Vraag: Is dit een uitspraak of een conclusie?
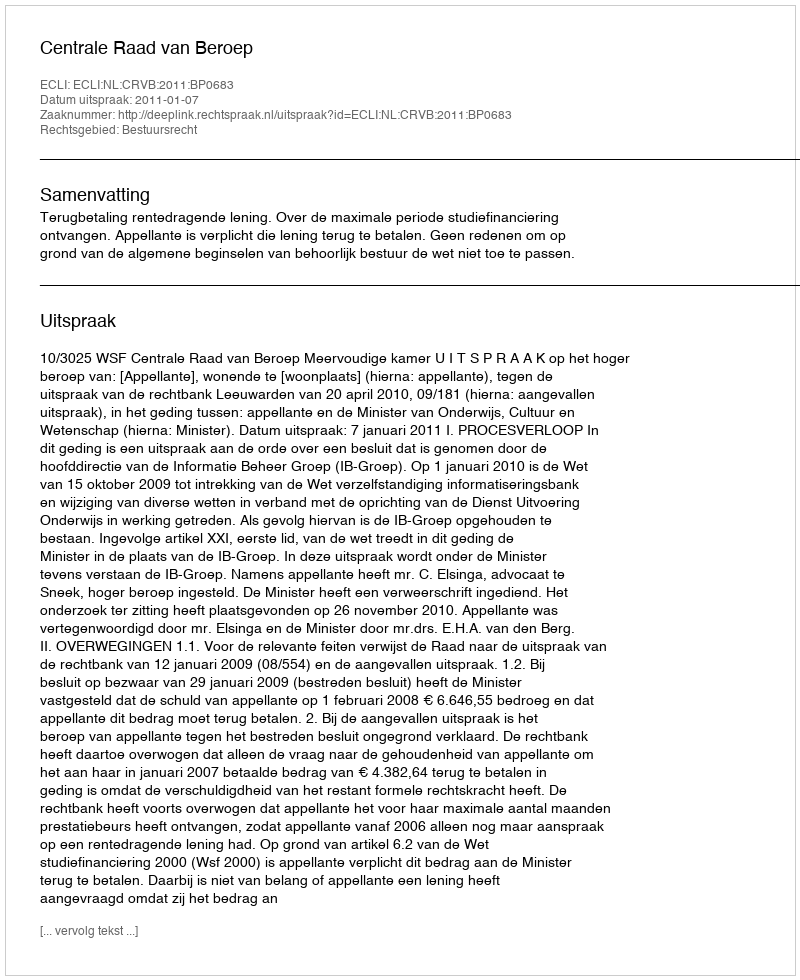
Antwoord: Uitspraak